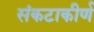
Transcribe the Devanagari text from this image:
संकटाकीर्ण